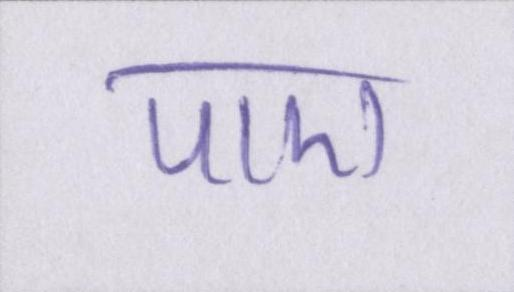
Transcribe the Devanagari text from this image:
पाए